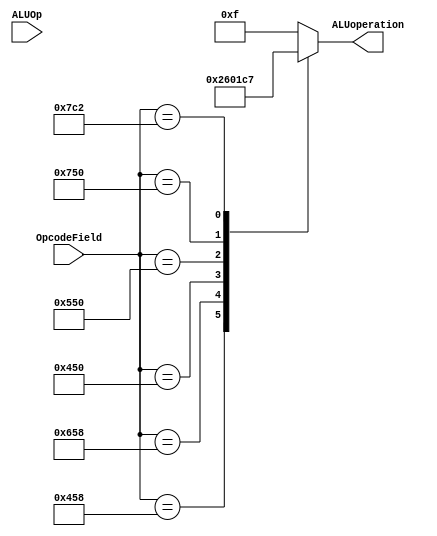
module ALUControl (ALUOp, OpcodeField, ALUoperation);
	input  [1:0] ALUOp;
	input  [10:0] OpcodeField;
	output reg [3:0] ALUoperation;

	always@(ALUOp, OpcodeField) begin
	case(OpcodeField)
		11'b10_10001011000: ALUoperation<=2;  //add
		11'b10_11001011000: ALUoperation<=6;  //subtract
		11'b10_10001010000: ALUoperation<=0;  //and
		11'b10_10101010000: ALUoperation<=1;  //or
		11'b10_11101010000: ALUoperation<=12; //nor
		11'b10_11111000010: ALUoperation<=7;  //SLT
		default: ALUoperation<=15; 			  //should not happen 
	endcase
	end
endmodule